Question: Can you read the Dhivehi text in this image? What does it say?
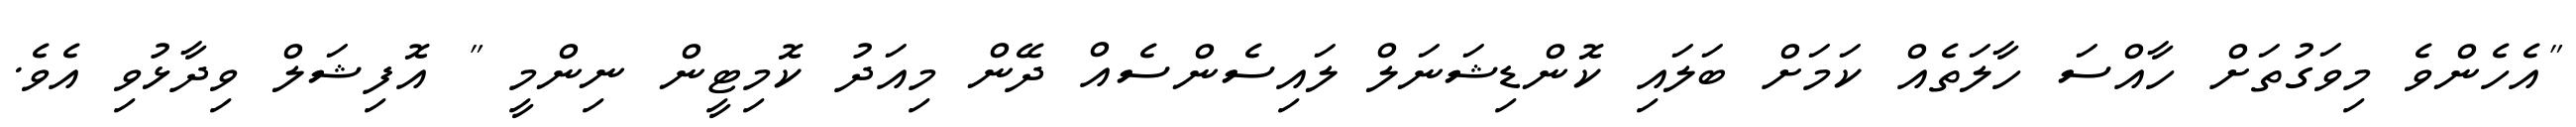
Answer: "އެހެންވެ މިވަގުތަށް ހާއްސަ ހާލަތެއް ކަމަށް ބަލައި ކޮންޑިޝަނަލް ލައިސެންސެއް ދޭން މިއަދު ކޮމިޓީން ނިންމީ " އޮފިޝަލް ވިދާޅުވި އެވެ.